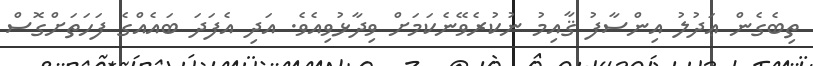
ތިބެގެން ޢަދުލު އިންސާފު ޤާއިމު ނުކުރެވޭނެކަމަށް ވިދާޅުވިއެވެ. އަދި އެފަދަ ބައެއްގެ ފަހަތަށްގޮސް